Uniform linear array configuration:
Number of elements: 16
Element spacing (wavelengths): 1
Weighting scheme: exponential
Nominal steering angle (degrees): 60
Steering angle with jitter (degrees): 61.591
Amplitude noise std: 0.05
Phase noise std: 0.05

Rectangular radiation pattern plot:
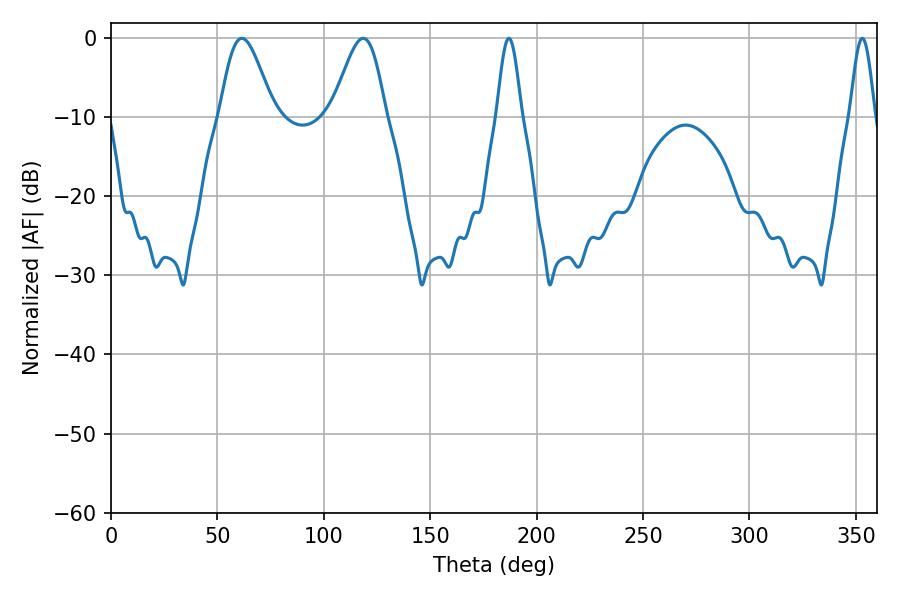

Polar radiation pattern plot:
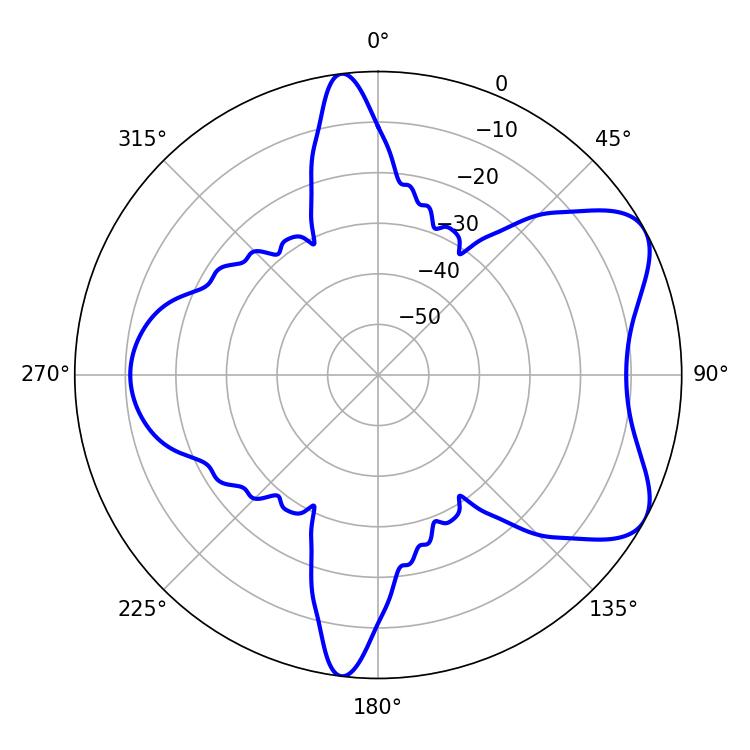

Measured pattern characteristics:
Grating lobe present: TRUE
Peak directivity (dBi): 6.672
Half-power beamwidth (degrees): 13.14
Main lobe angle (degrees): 61.56